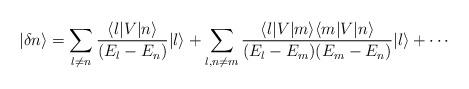
LaTeX: \begin{align*}|\delta n\rangle = \sum_{l\neq n} {\langle l|V|n\rangle \over (E_l-E_n)}|l\rangle +\sum_{l,n\neq m}{\langle l|V|m\rangle\langle m|V|n\rangle \over (E_l-E_m)(E_m-E_n)}|l\rangle +\cdots\end{align*}